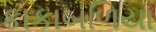
કાકાબળિયા